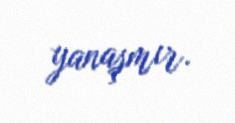
yanaşmır.